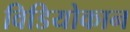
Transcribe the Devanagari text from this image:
विडियोकान